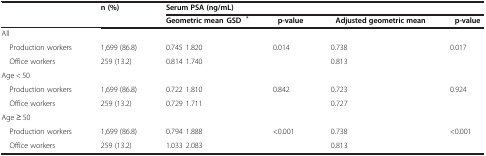
<table><thead><tr><td rowspan="2"></td><td rowspan="2"><b>n (%)</b></td><td colspan="4"><b>Serum PSA (ng/mL)</b></td></tr><tr><td><b>Geometric mean ± GSD<sup>*</sup></b></td><td><b>p-value<sup>†</sup></b></td><td><b>Adjusted geometric mean</b></td><td><b>p-value<sup>‡</sup></b></td></tr></thead><tbody><tr><td>All</td><td></td><td></td><td></td><td></td><td></td></tr><tr><td> Production workers</td><td>1,699 (86.8)</td><td>0.745 ± 1.820</td><td>0.014</td><td>0.738</td><td>0.017</td></tr><tr><td> Office workers</td><td>259 (13.2)</td><td>0.814 ± 1.740</td><td></td><td>0.813</td><td></td></tr><tr><td>Age &lt; 50</td><td></td><td></td><td></td><td></td><td></td></tr><tr><td> Production workers</td><td>1,699 (86.8)</td><td>0.722 ± 1.810</td><td>0.842</td><td>0.723</td><td>0.924</td></tr><tr><td> Office workers</td><td>259 (13.2)</td><td>0.729 ± 1.711</td><td></td><td>0.727</td><td></td></tr><tr><td>Age ≥ 50</td><td></td><td></td><td></td><td></td><td></td></tr><tr><td> Production workers</td><td>1,699 (86.8)</td><td>0.794 ± 1.888</td><td>&lt;0.001</td><td>0.738</td><td>&lt;0.001</td></tr><tr><td> Office workers</td><td>259 (13.2)</td><td>1.033 ± 2.083</td><td></td><td>0.813</td><td></td></tr></tbody></table>